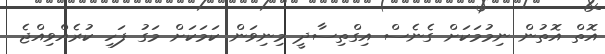
އޮތް އޮތުން ނިމުމަކަށް ގެނެސް އިގްތިސާދީ މިނިވަން ކަމަކަށް މަގު ފަހި ކުރެއްވިއްޖެ